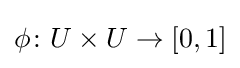
\phi \colon U\times U\to [0,1]